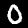
Digit: 0